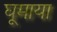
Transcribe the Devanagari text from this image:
घूमाया